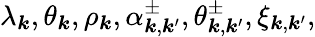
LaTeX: \lambda_{\boldsymbol{k}},\theta_{\boldsymbol{k}},\rho_{\boldsymbol{k}},\alpha_{\boldsymbol{k},\boldsymbol{k}^{\prime}}^{\pm},\theta_{\boldsymbol{k},\boldsymbol{k}^{\prime}}^{\pm},\xi_{\boldsymbol{k},\boldsymbol{k}^{\prime}},